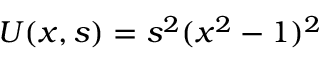
U ( x , s ) = s ^ { 2 } ( x ^ { 2 } - 1 ) ^ { 2 }